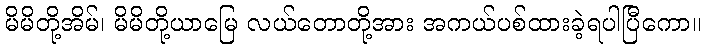
မိမိတို့အိမ်၊ မိမိတို့ယာမြေ လယ်တောတို့အား အကယ်ပစ်ထားခဲ့ရပါပြီကော။